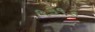
૧૩૧૩